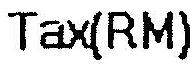
TAX(RM)